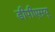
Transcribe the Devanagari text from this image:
डीपीएसयू